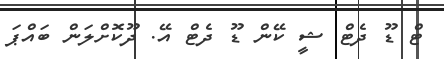
ޓް ޑޫ ދެޓް ޝީ ކޭން ޑޫ ދެޓް އޭ. ދޫކޮށްލަން ބައްޕަ